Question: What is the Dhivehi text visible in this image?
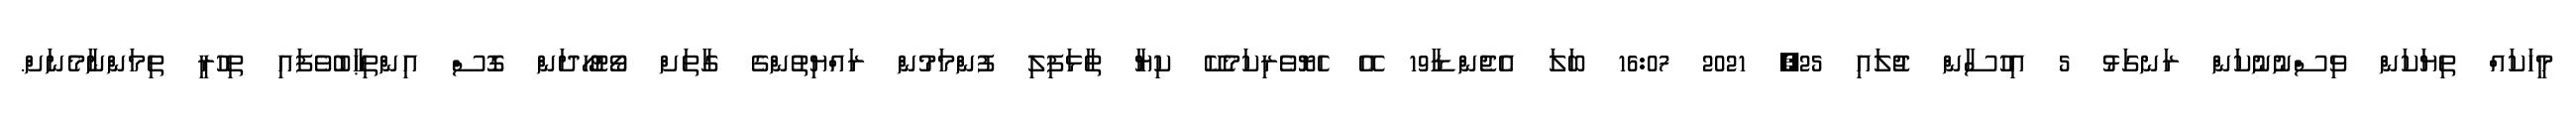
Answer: މީހަކައް ތިޔަކަން ވިސްނުނުކަން ރަނގަޅު 5 އިހުސާން ޖުލައި 25, 2021 16:07 ބަލަ އެޖެންޑާ19 އޭ ހެޔޮވެރިކަމެކޭ ކިޔާ ތާޅަފިލި ފުންމަމުން ރައްޔިތުންގެ ގާތަށް ވޯޓުހޯދަން ގޮސް އިންތިޙާބުވެފައި ތިހުރީ ތިމަންނާމެނަށް.